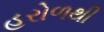
હરોળથી